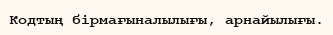
Кодтың бiрмағыналылығы, арнайылығы.